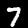
Label: 7